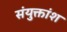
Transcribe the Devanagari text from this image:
संयुक्तांश